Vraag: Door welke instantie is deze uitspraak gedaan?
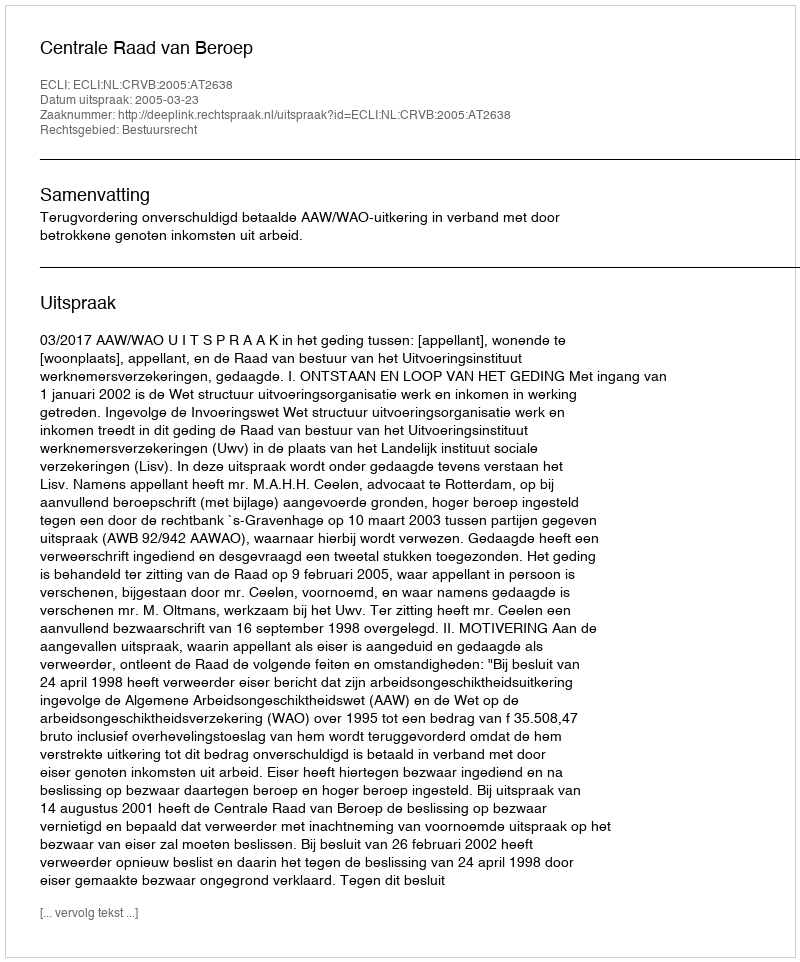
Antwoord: Centrale Raad van Beroep